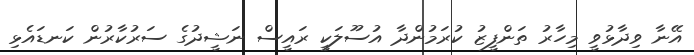
އޭނާ ވިދާޅުވީ މިހާރު ތަންފީޒު ކުރަމުންދާ އުސޫލަކީ ރައީސް ނަޝީދުގެ ސަރުކާރުން ކަނޑައެޅި